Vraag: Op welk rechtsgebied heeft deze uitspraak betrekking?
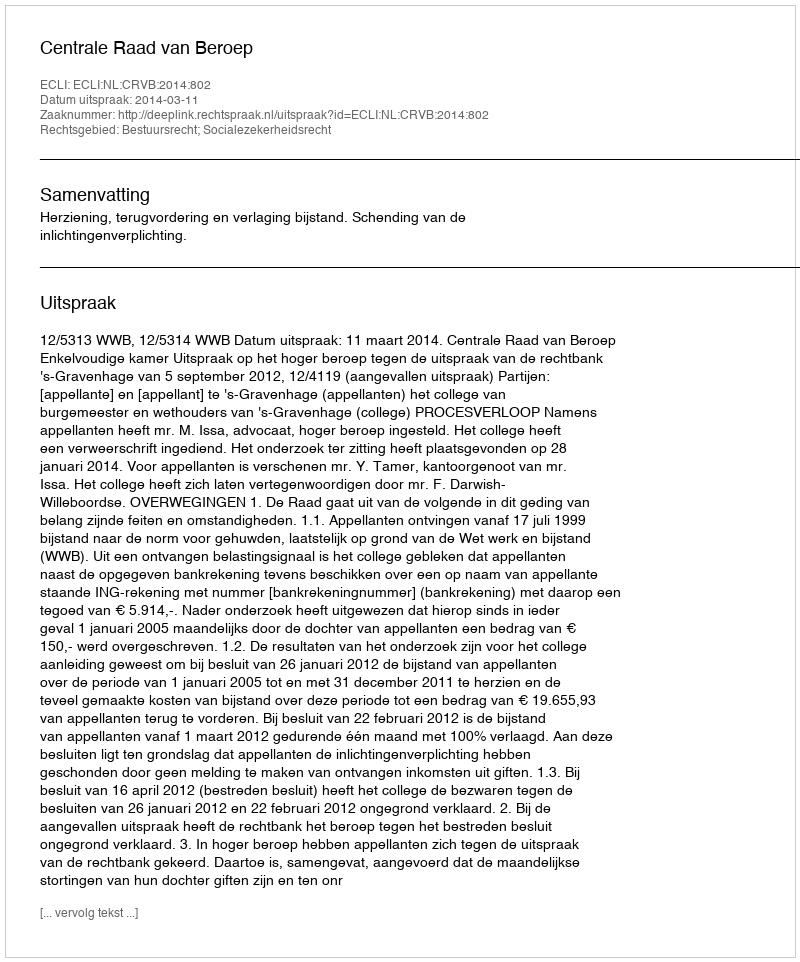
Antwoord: Bestuursrecht; Socialezekerheidsrecht